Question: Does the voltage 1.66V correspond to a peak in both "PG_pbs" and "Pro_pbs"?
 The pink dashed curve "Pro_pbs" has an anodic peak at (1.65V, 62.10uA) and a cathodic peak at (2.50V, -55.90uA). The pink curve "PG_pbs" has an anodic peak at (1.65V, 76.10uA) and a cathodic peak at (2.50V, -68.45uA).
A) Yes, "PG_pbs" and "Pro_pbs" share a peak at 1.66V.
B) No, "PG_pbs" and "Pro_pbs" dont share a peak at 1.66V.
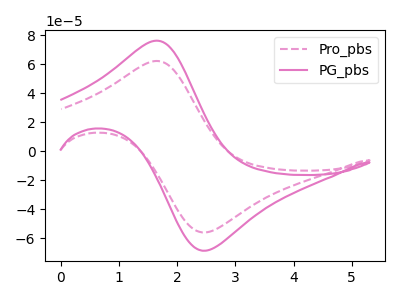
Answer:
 <answer>A) Yes, "PG_pbs" and "Pro_pbs" share a peak at 1.66V.</answer>
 <eval>A</eval>